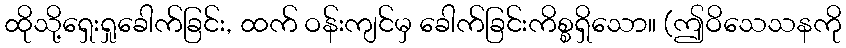
ထိုသို့ရှေးရှုခေါက်ခြင်း, ထက် ဝန်းကျင်မှ ခေါက်ခြင်းကိစ္စရှိသော။ (ဤဝိသေသနကို